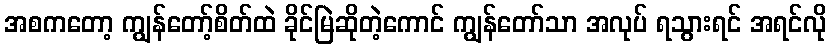
အစကတော့ ကျွန်တော့်စိတ်ထဲ ခိုင်မြဲဆိုတဲ့ကောင် ကျွန်တော်သာ အလုပ် ရသွားရင် အရင်လို